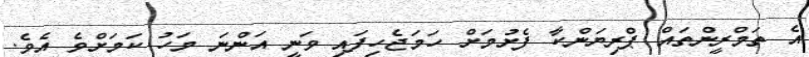
އެ ތަމްރީންތައް ޕްރިޔަންކާ ފެށުމަށް ހަމަޖެހިފައި ވަނީ އަންނަ މަހު ކަމަށްވެ އެވެ.